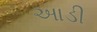
આડી